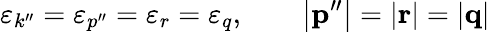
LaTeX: \varepsilon_{k^{\prime\prime}}=\varepsilon_{p^{\prime\prime}}=\varepsilon_{r}=\varepsilon_{q},\qquad\left|{\mathbf p}^{\prime\prime}\right|=\left|{\mathbf r}\right|=\left|{\mathbf q}\right|